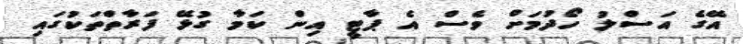
އޭގެ އަސްލު ހޯދުމަށް ވެސް އެ ޕާޓީ އިން ކަމާ ގުޅޭ ފަރާތްތަކުގައި